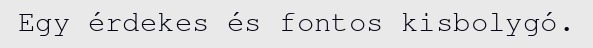
Egy érdekes és fontos kisbolygó.